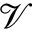
\mathcal { V }